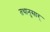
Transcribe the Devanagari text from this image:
तथानुसार्